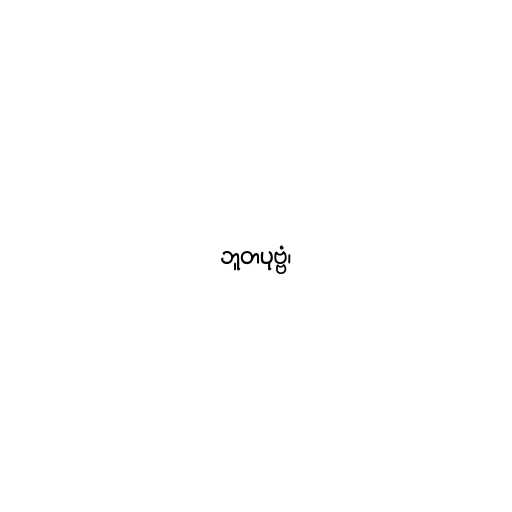
ဘူတပုဗ္ဗံ၊